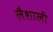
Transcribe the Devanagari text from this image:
लैशाली